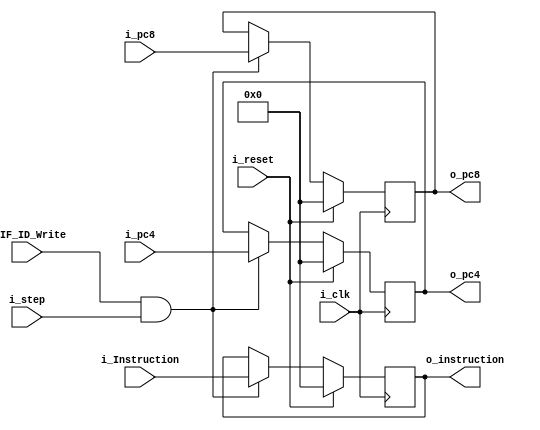
`timescale 1ns / 1ps

module IF_ID
    #(
        parameter NBITS = 32
    )
    (
        input   wire                        i_clk,
        input   wire                        i_reset,
        input   wire                        i_IF_ID_Write,
        input   wire    [NBITS-1:0]         i_pc4,
        input   wire    [NBITS-1:0]         i_pc8,
        input   wire    [NBITS-1:0]         i_Instruction,
        input   wire                        i_step,
        output  wire    [NBITS-1:0]         o_pc4,
        output  wire    [NBITS-1:0]         o_pc8,
        output  wire    [NBITS-1:0]         o_instruction
    );


    reg     [NBITS-1:0] instruction;
    reg     [NBITS-1:0] pc_4;
    reg     [NBITS-1:0] pc_8;
       
    always @(posedge i_clk)begin
        if( i_reset)begin
            instruction  <=   {NBITS{1'b0}};
            pc_4         <=   {NBITS{1'b0}};
            pc_8         <=   {NBITS{1'b0}};

        end
        else if(i_IF_ID_Write & i_step)begin
            instruction  <=   i_Instruction;
            pc_4         <=   i_pc4;
            pc_8         <=   i_pc8;
        end
    end


    assign o_instruction    =   instruction;
    assign o_pc4            =   pc_4;
    assign o_pc8            =   pc_8;



endmodule